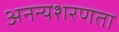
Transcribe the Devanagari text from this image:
अनन्यशरणता